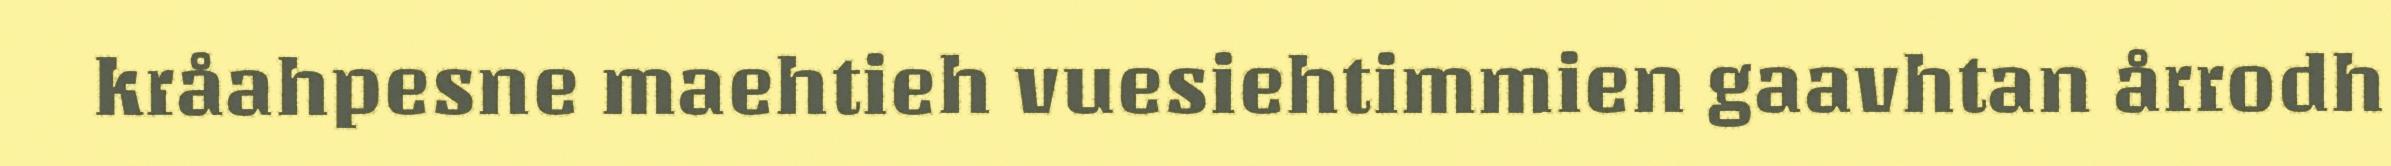
kråahpesne maehtieh vuesiehtimmien gaavhtan årrodh